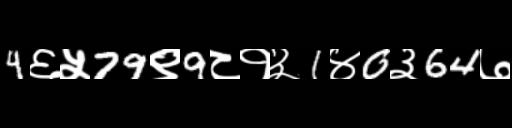
Text: 4६५79९9८१३1४0३64७